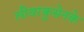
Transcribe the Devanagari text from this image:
लीवरकुसेनके